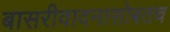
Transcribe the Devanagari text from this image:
बासरीवादनासोबतच